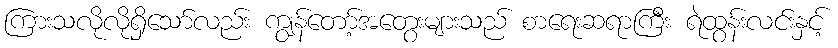
ကြားသလိုလိုရှိသော်လည်း ကျွန်တော့်အတွေးများသည် စာရေးဆရာကြီး ရဲထွန်းလင်းနှင့်